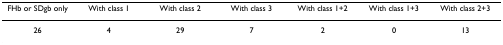
| FHb or SDgb only | With class 1 | With class 2 | With class 3 | With class 1+2 | With class 1+3 | With class 2+3 |
 | --- | --- | --- | --- | --- | --- | --- |
 | 26 | 4 | 29 | 7 | 2 | 0 | 13 |